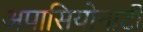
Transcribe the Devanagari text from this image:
अपासियोनाटी